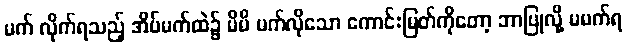
မက် လိုက်ရသည့် အိပ်မက်ထဲ၌ မိမိ မက်လိုသော ကောင်းမြတ်ကိုတော့ ဘာပြုလို့ မမက်ရ